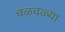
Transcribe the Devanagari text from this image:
चळवळ्या